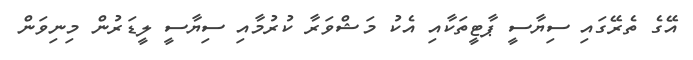
އޭގެ ތެރޭގައި ސިޔާސީ ޕާޓީތަކާއި އެކު މަޝްވަރާ ކުރުމާއި ސިޔާސީ ލީޑަރުން މިނިވަން